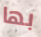
بها